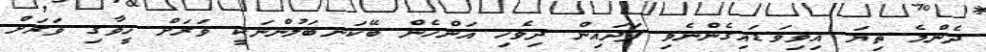
ދެންމެ ތިޔަ އިވިވަޑައިގެންނެވި ފަދައިން ދިވެހި އަންހެން ބޭކަނބަލުންނަކީ ވަރަށް ހީވާގި ވަރަށް